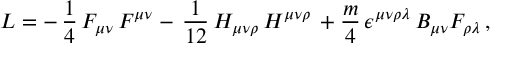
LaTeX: { \cal L } = - \, \frac { 1 } { 4 } \, F _ { \mu \nu } \, F ^ { \mu \nu } - \, \frac { 1 } { 1 2 } \, H _ { \mu \nu \rho } \, H ^ { \mu \nu \rho } \, + { \frac { m } { 4 } } \, \epsilon ^ { \mu \nu \rho \lambda } \, B _ { \mu \nu } F _ { \rho \lambda } \, ,